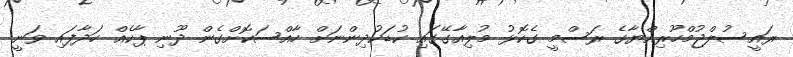
ރައީސުލްޖުމްހޫރިއްޔާގެ ރަސްމީ ގެކޮޅު މުލިއާގޭގައި ކުޑަކުދިންނަށް ހާއްސަކޮށްގެން ދޫނި ޕާކެއް ހަދާފައި ވަނީ